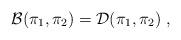
LaTeX: \begin{align*} \mathcal{B}(\pi_1,\pi_2) = \mathcal{D}(\pi_1,\pi_2)\;, \end{align*}